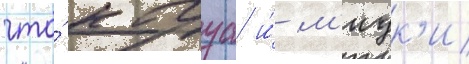
что́ кагуа и́ м'иук'и